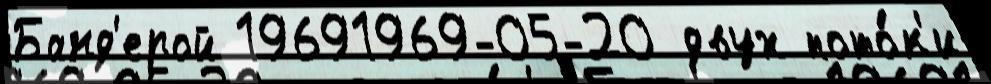
Банд'ерой 19691969-05-20 двух пото́к'и